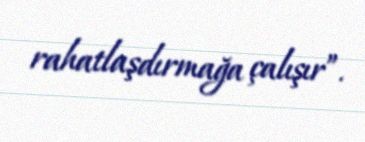
rahatlaşdırmağa çalışır”.